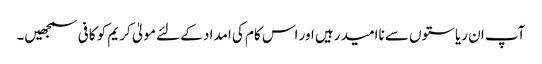
آپ ان ریاستوں سے ناامید رہیں اور اس کام کی امداد کے لئے مولیٰ کریم کو کافی سمجھیں۔